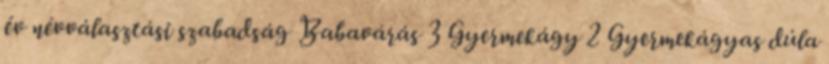
év névválasztási szabadság Babavárás 3 Gyermekágy 2 Gyermekágyas dúla